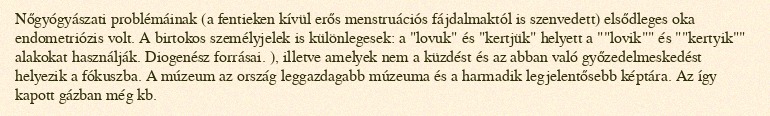
Nőgyógyászati problémáinak (a fentieken kívül erős menstruációs fájdalmaktól is szenvedett) elsődleges oka endometriózis volt. A birtokos személyjelek is különlegesek: a "lovuk" és "kertjük" helyett a ""lovik"" és ""kertyik"" alakokat használják. Diogenész forrásai. ), illetve amelyek nem a küzdést és az abban való győzedelmeskedést helyezik a fókuszba. A múzeum az ország leggazdagabb múzeuma és a harmadik legjelentősebb képtára. Az így kapott gázban még kb.